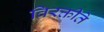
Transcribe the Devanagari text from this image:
विरक्तीते